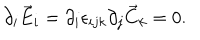
LaTeX: \partial _ { i } \vec { E } _ { i } = \partial _ { i } \epsilon _ { i j k } \partial _ { j } \vec { C } _ { k } = 0 .